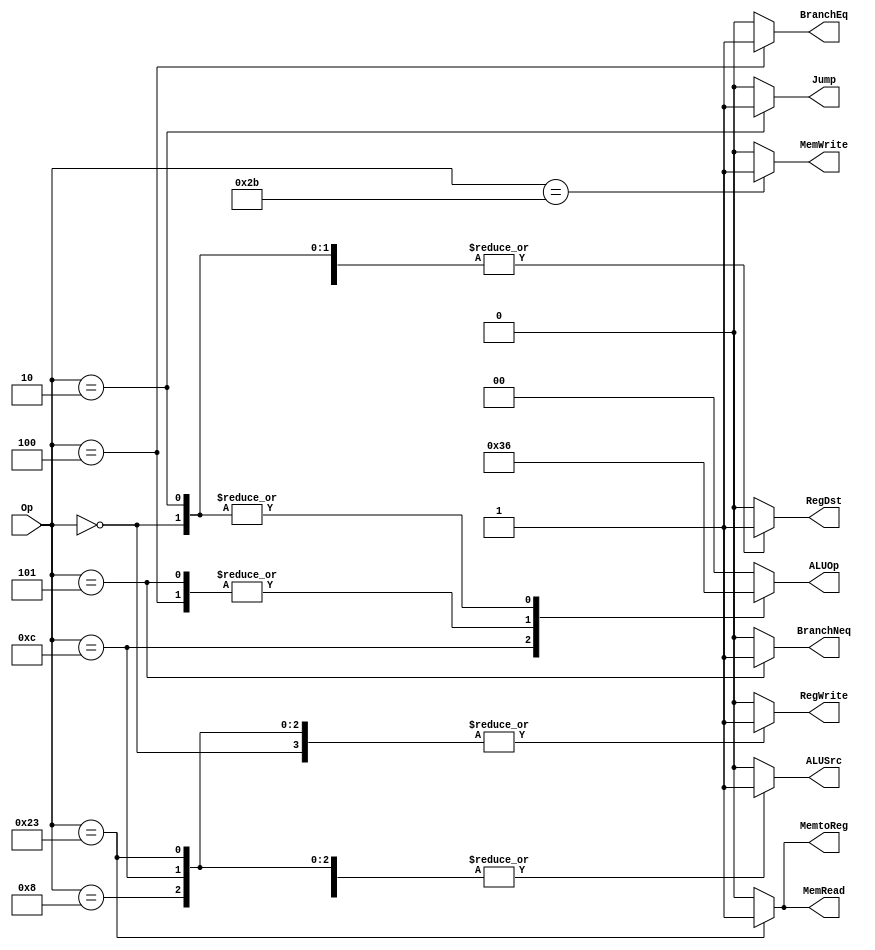
module Control(
    input [5:0] Op,
    output reg RegDst, Jump, BranchEq, BranchNeq, MemRead, MemtoReg, MemWrite, ALUSrc, RegWrite,
    output reg [1:0] ALUOp
);
    always @ (Op) begin
      case (Op)
        //R-type
        6'b000000: begin 
          RegDst <= 1;
          Jump <= 0;
          BranchEq <= 0;
          BranchNeq <= 0;
          MemRead <= 0;
          MemtoReg <= 0;
          MemWrite <= 0;
          ALUSrc <= 0;
          RegWrite <= 1;
          ALUOp <= 2'b10;
        end
        //I-type
        6'b001000: begin //addi
          RegDst <= 0;
          Jump <= 0;
          BranchEq <= 0;
          BranchNeq <= 0;
          MemRead <= 0;
          MemtoReg <= 0;
          MemWrite <= 0;
          ALUSrc <= 1;
          RegWrite <= 1;
          ALUOp <= 2'b00;
        end
        6'b001100: begin //andi
          RegDst <= 0;
          Jump <= 0;
          BranchEq <= 0;
          BranchNeq <= 0;
          MemRead <= 0;
          MemtoReg <= 0;
          MemWrite <= 0;
          ALUSrc <= 1;
          RegWrite <= 1;
          ALUOp <= 2'b11;
        end
        6'b000100: begin //beq
          RegDst <= 1;
          Jump <= 0;
          BranchEq <= 1;
          BranchNeq <= 0;
          MemRead <= 0;
          MemtoReg <= 0;
          MemWrite <= 0;
          ALUSrc <= 0;
          RegWrite <= 0;
          ALUOp <= 2'b01;
        end
        6'b000101: begin //bne
          RegDst <= 1;
          Jump <= 0;
          BranchEq <= 0;
          BranchNeq <= 1;
          MemRead <= 0;
          MemtoReg <= 0;
          MemWrite <= 0;
          ALUSrc <= 0;
          RegWrite <= 0;
          ALUOp <= 2'b01;
        end
        6'b100011: begin //lw
          RegDst <= 0;
          Jump <= 0;
          BranchEq <= 0;
          BranchNeq <= 0;
          MemRead <= 1;
          MemtoReg <= 1;
          MemWrite <= 0;
          ALUSrc <= 1;
          RegWrite <= 1;
          ALUOp <= 2'b00;
        end
        6'b101011: begin //sw
          RegDst <= 0;
          Jump <= 0;
          BranchEq <= 0;
          BranchNeq <= 0;
          MemRead <= 0;
          MemtoReg <= 0;
          MemWrite <= 1;
          ALUSrc <= 1;
          RegWrite <= 0;
          ALUOp <= 2'b00;
        end
        //J-type
        6'b000010: begin //j
          RegDst <= 1;
          Jump <= 1;
          BranchEq <= 0;
          BranchNeq <= 0;
          MemRead <= 0;
          MemtoReg <= 0;
          MemWrite <= 0;
          ALUSrc <= 0;
          RegWrite <= 0;
          ALUOp <= 2'b10;
        end
        default: begin 
          RegDst <= 0;
          Jump <= 0;
          BranchEq <= 0;
          BranchNeq <= 0;
          MemRead <= 0;
          MemtoReg <= 0;
          MemWrite <= 0;
          ALUSrc <= 0;
          RegWrite <= 0;
          ALUOp <= 2'b00;
        end
      endcase
    end
endmodule